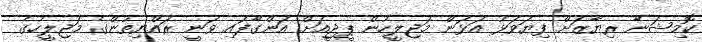
ކޮމިޝަނާ ރިޔާޒަށް ފިޔަވަޅު އަޅަން މަޖިލީހުން ޕީޖީއަށް އަންގާފައި ވަނީ ރައްޔިތުންގެ މަޖިލީހުގެ